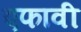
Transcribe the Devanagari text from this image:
एफावी